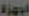
أجهزة